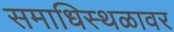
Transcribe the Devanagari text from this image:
समाधिस्थळावर